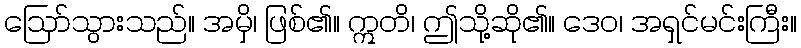
ဩော်သွားသည်။ အမှိ၊ ဖြစ်၏။ ဣတိ၊ ဤသို့ဆို၏။ ဒေဝ၊ အရှင်မင်းကြီး။